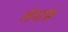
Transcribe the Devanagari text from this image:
लेनाफ़